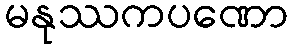
မနုဿကပဏော